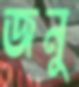
জনু